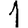
Digit: 1